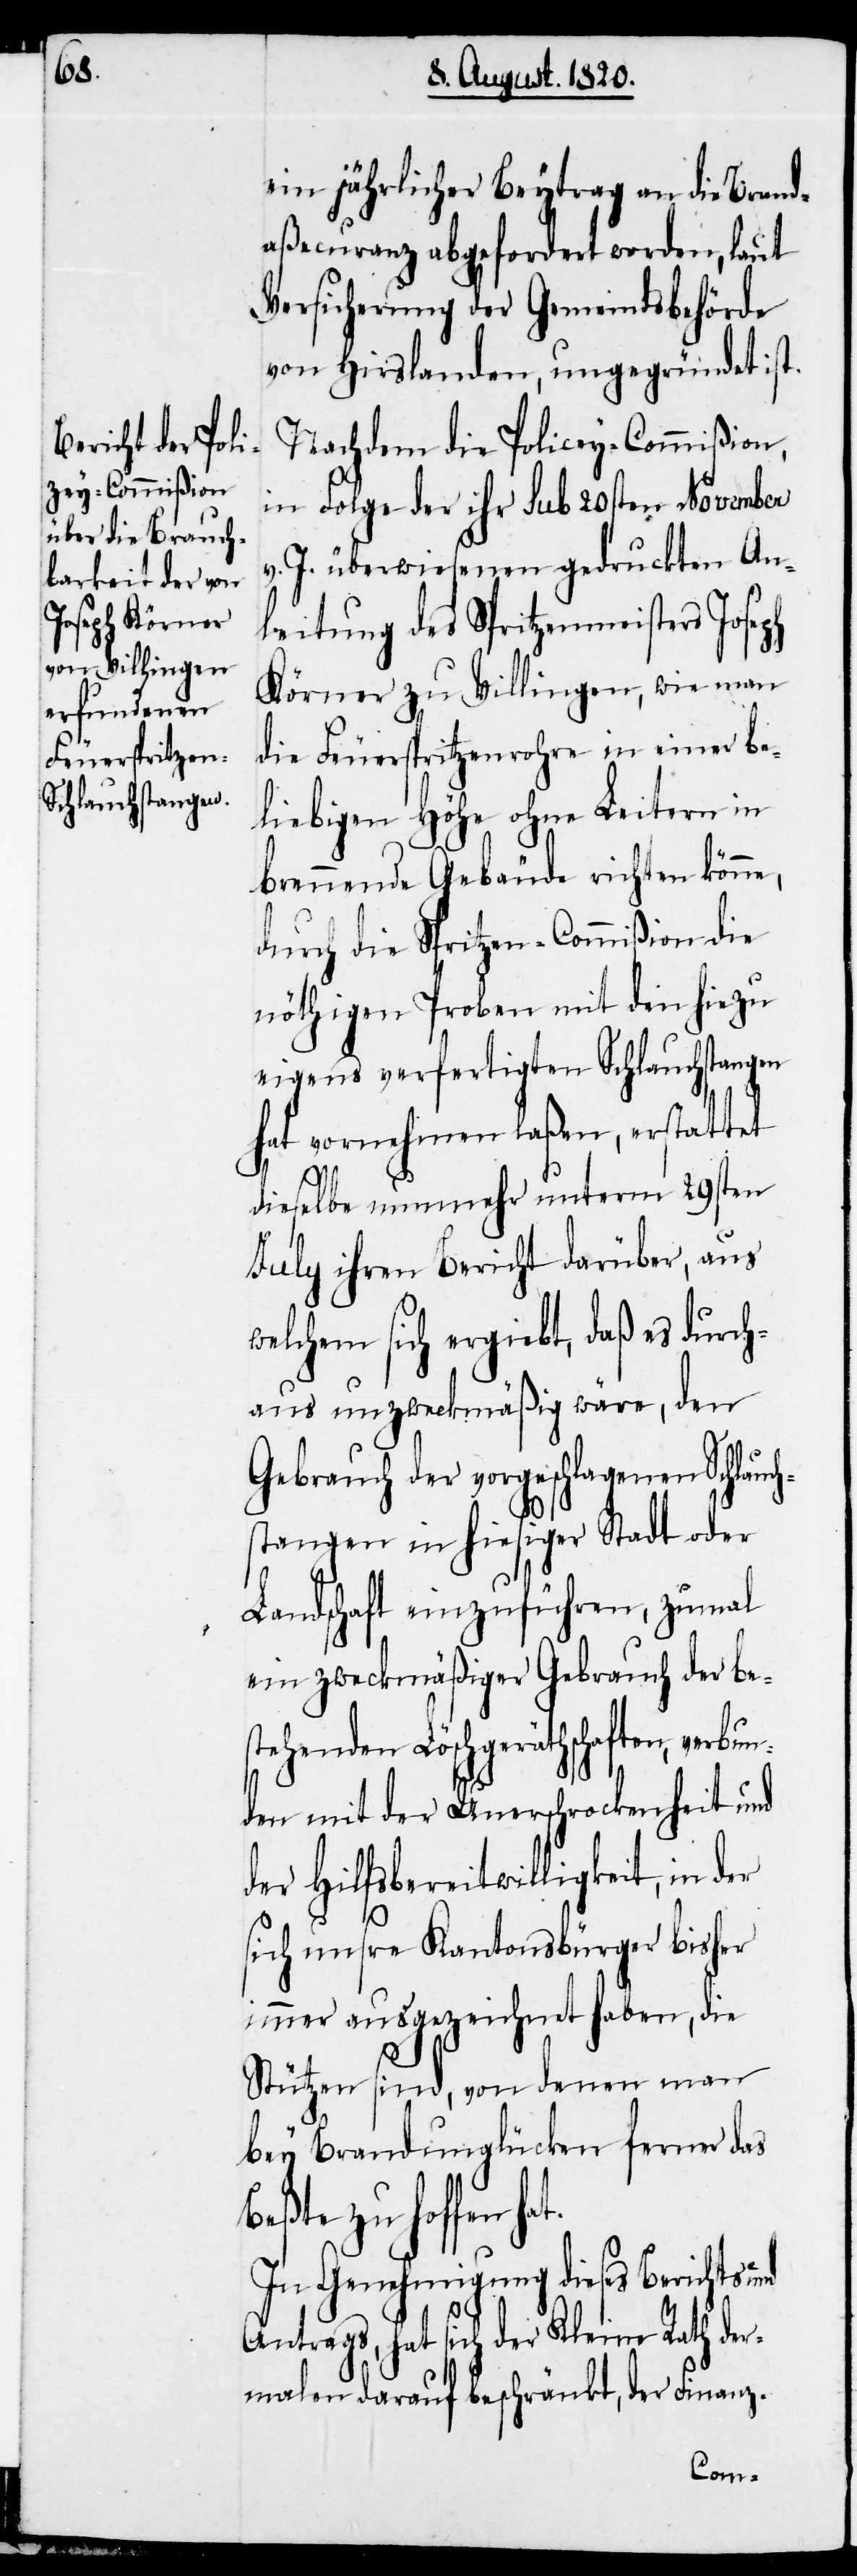
ein jährlicher Beytrag an die Brand¬
aßecuranz abgefordert werden, laut
Versicherung der Gemeindsbehörde
von Hirslanden, ungegründet ist.
Nachdem die Policey-Commißion,
in Folge der ihr sub 20sten November
v. J. überwiesenen gedruckten An¬
leitung des Spritzenmeisters Joseph
Körner zu Villingen, wie man
die Feuerspritzenrohre in einer be¬
liebigen Höhe ohne Leitern in
brennende Gebäude richten könne,
durch die Spritzen-Commißion die
nöthigen Proben mit den hiezu
eigens verfertigten Schlauchstangen
hat vornehmen laßen, erstattet
dieselben nunmehr unterm 29sten
at.
July ihren Bericht darüber, aus
welchem sich ergiebt, daß es durch¬
aus unzweckmäßig wäre, den
Gebrauch der vorgeschlagenen Schlauch¬
stangen in hiesiger Stadt oder
Landschaft einzuführen, zumal
ein zweckmäßiger Gebrauch der be¬
stehenden Löschgerätschaften, verbun¬
den mit der Unerschrockenheit und
der Hilfsbereitwilligkeit, in
sich unsre Kantonsbürger bisher
immer ausgezeichnet haben, die
Stützen sind, von denen man
bey Brandunglücken ferner das
Beßte zu hoffen h¬
In Genehmigung dieses Berichtes und
Antrags, hat sich der Kleine Rath der¬
malen darauf beschränkt, der Finanz-